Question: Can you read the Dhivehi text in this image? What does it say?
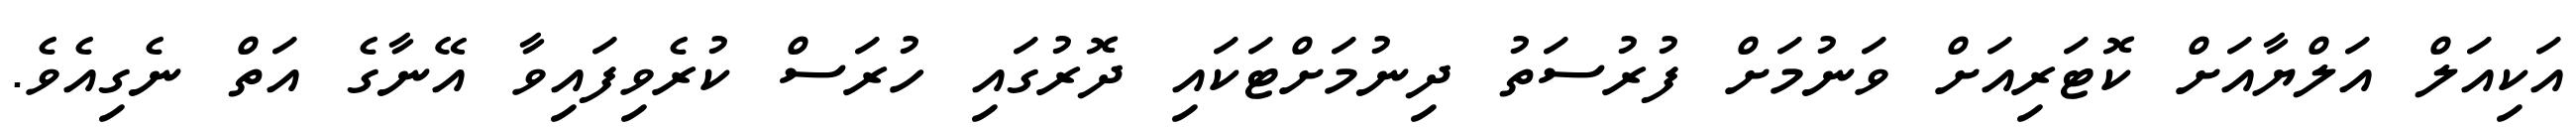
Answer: އަކިއަލް އަލްޔާއަށް ކޮޓަރިއަށް ވަނުމަށް ފުރުސަތު ދިނުމަށްޓަކައި ދޮރުގައި ހުރަސް ކުރެވިފައިވާ އޭނާގެ އަތް ނެގިއެވެ.